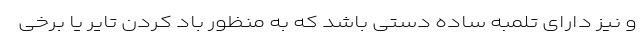
و نیز دارای تلمبه ساده دستی باشد که به منظور باد کردن تایر یا برخی